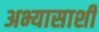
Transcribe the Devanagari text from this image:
अभ्यासाशी